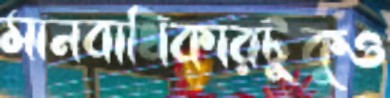
মানবাধিকারটুকুও